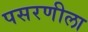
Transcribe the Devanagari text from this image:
पसरणीला